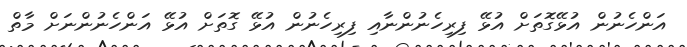
އަންހެނުން އުޅޭގޮތަށް އުޅޭ ފިރިހެނުންނާއި ފިރިހެނުން އުޅޭ ގޮތަށް އުޅޭ އަންހެނުންނަށް މާތް